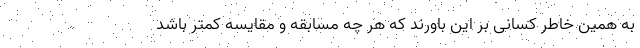
به همین خاطر کسانی بر این باورند که هر چه مسابقه و مقایسه کمتر باشد